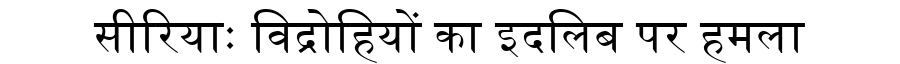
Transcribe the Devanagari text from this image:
सीरियाः विद्रोहियों का इदलिब पर हमला